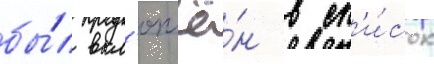
бы́л вкл'ючё́н в сп'и́сок